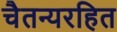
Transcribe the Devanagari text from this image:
चैतन्यरहित